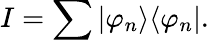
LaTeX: I=\sum|\varphi_{n}\rangle\langle\varphi_{n}|.